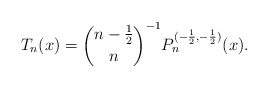
\begin{align*}T_{n}(x)=\binom{n-\frac{1}{2}}{n}^{-1} P_{n}^{(-\frac{1}{2},-\frac{1}{2})}(x).\end{align*}